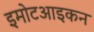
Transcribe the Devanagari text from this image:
इमोटआइकन